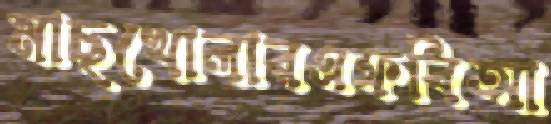
মাছখোলারএফবিআ